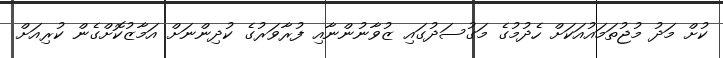
ކުށް މަދު މުޖުތަމައުއަކަށް ހެދުމުގެ މަގުސަދުގައި ޒުވާނުންނާއި ފުރާވަރުގެ ކުދިންނަށް އަމާޒުކޮށްގެން ކުރިއަށް